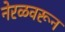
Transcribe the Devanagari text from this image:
नेरळवरून